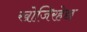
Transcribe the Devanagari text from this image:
खोजिरहेछ